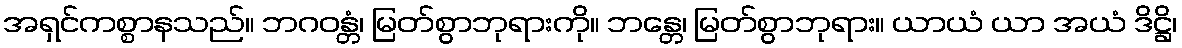
အရှင်ကစ္စာနသည်။ ဘဂဝန္တံ၊ မြတ်စွာဘုရားကို။ ဘန္တေ၊ မြတ်စွာဘုရား။ ယာယံ ယာ အယံ ဒိဋ္ဌိ၊